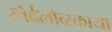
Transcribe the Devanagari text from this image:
स्वेर्दलोव्स्काया